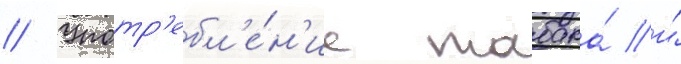
// Употр'ебл'е́н'ие табака́ и́